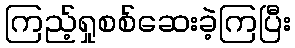
ကြည့်ရှုစစ်ဆေးခဲ့ကြပြီး